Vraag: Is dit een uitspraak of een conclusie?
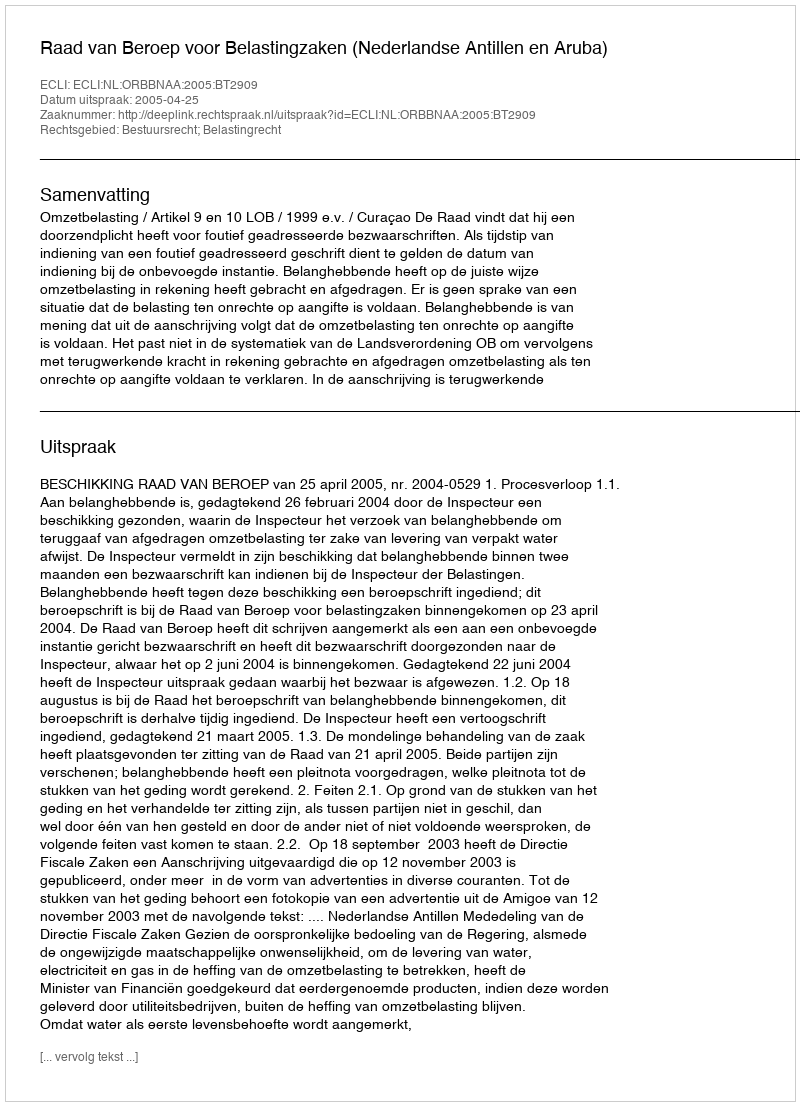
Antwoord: Uitspraak